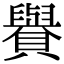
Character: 𧸧